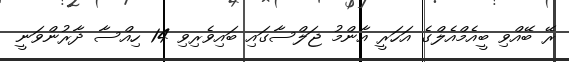
ރޭ ބޭއްވި ބީއެމްއެލްގެ އަހަރީ އާންމު ޖަލްސާގައި ބައިވެރިވި 14 ހިއްސާ ދާރުންވަނީ